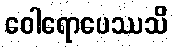
ဝေါရောပေဿသိ